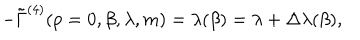
- \tilde { \Gamma } ^ { ( 4 ) } ( p = 0 , \beta , \lambda , m ) = \lambda ( \beta ) = \lambda + \Delta \lambda ( \beta ) ,